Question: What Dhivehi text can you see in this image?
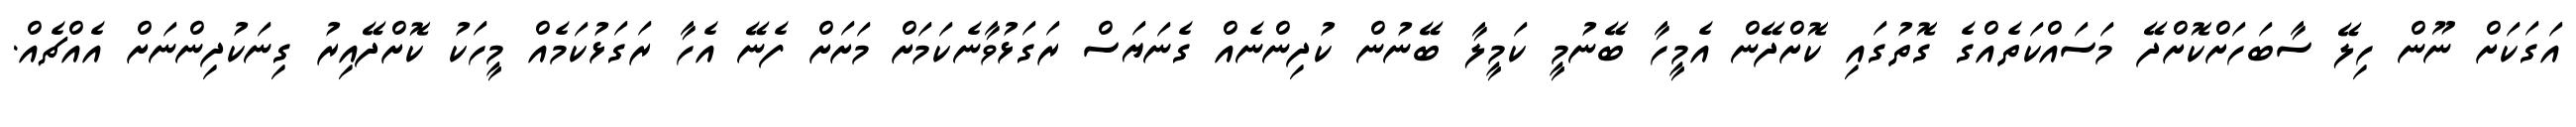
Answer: އަގަކަށް ނޫން ހިލޭ ސާބަހަށްކޮށްދޭ މަސައްކަތެއްގެ ގޮތުގައި ކޮށްދޭން އެމީހާ ބޭނުމީ ކަމީލާ ބޭނުން ކުދިންނެއް ގެނަޔަސް ރަގަޅުވާނެކަމަށް މަށަށް ފެނޭ އެހާ ރަގަޅުކަމެއް މީހަކު ކޮށްދޭއިރު ގިނަކުދިންނަށް އެއްޗެއް.